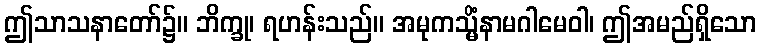
ဤသာသနာတော်၌။ ဘိက္ခု၊ ရဟန်းသည်။ အမုကသ္မိံနာမဂါမေဝါ၊ ဤအမည်ရှိသော